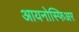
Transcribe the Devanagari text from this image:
आयनोस्फिअर